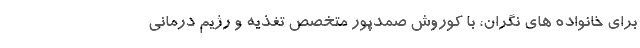
برای خانواده های نگران، با کوروش صمدپور متخصص تغذیه و رژیم درمانی